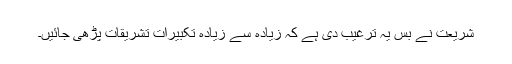
شریعت نے بس یہ ترغیب دی ہے کہ زیادہ سے زیادہ تکبیرات تشریقات پڑھی جائیں۔